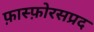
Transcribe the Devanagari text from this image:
फ़ास्फ़ोरसप्रद